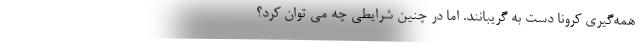
همه‌گیری کرونا دست به گریبانند. اما در چنین شرایطی چه می توان کرد؟